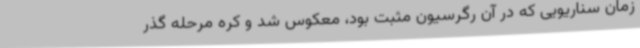
زمان سناریویی که در آن رگرسیون مثبت بود، معکوس شد و کره مرحله گذر